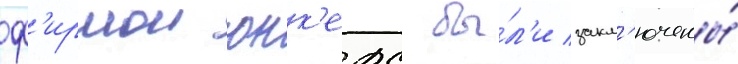
ф'ирмои юнк'ерс бы́л'и закл'ючены́